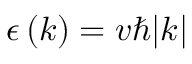
\epsilon \left( k \right) = v \hbar | k |